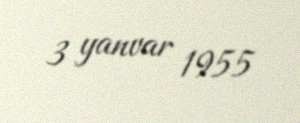
3 yanvar 1955